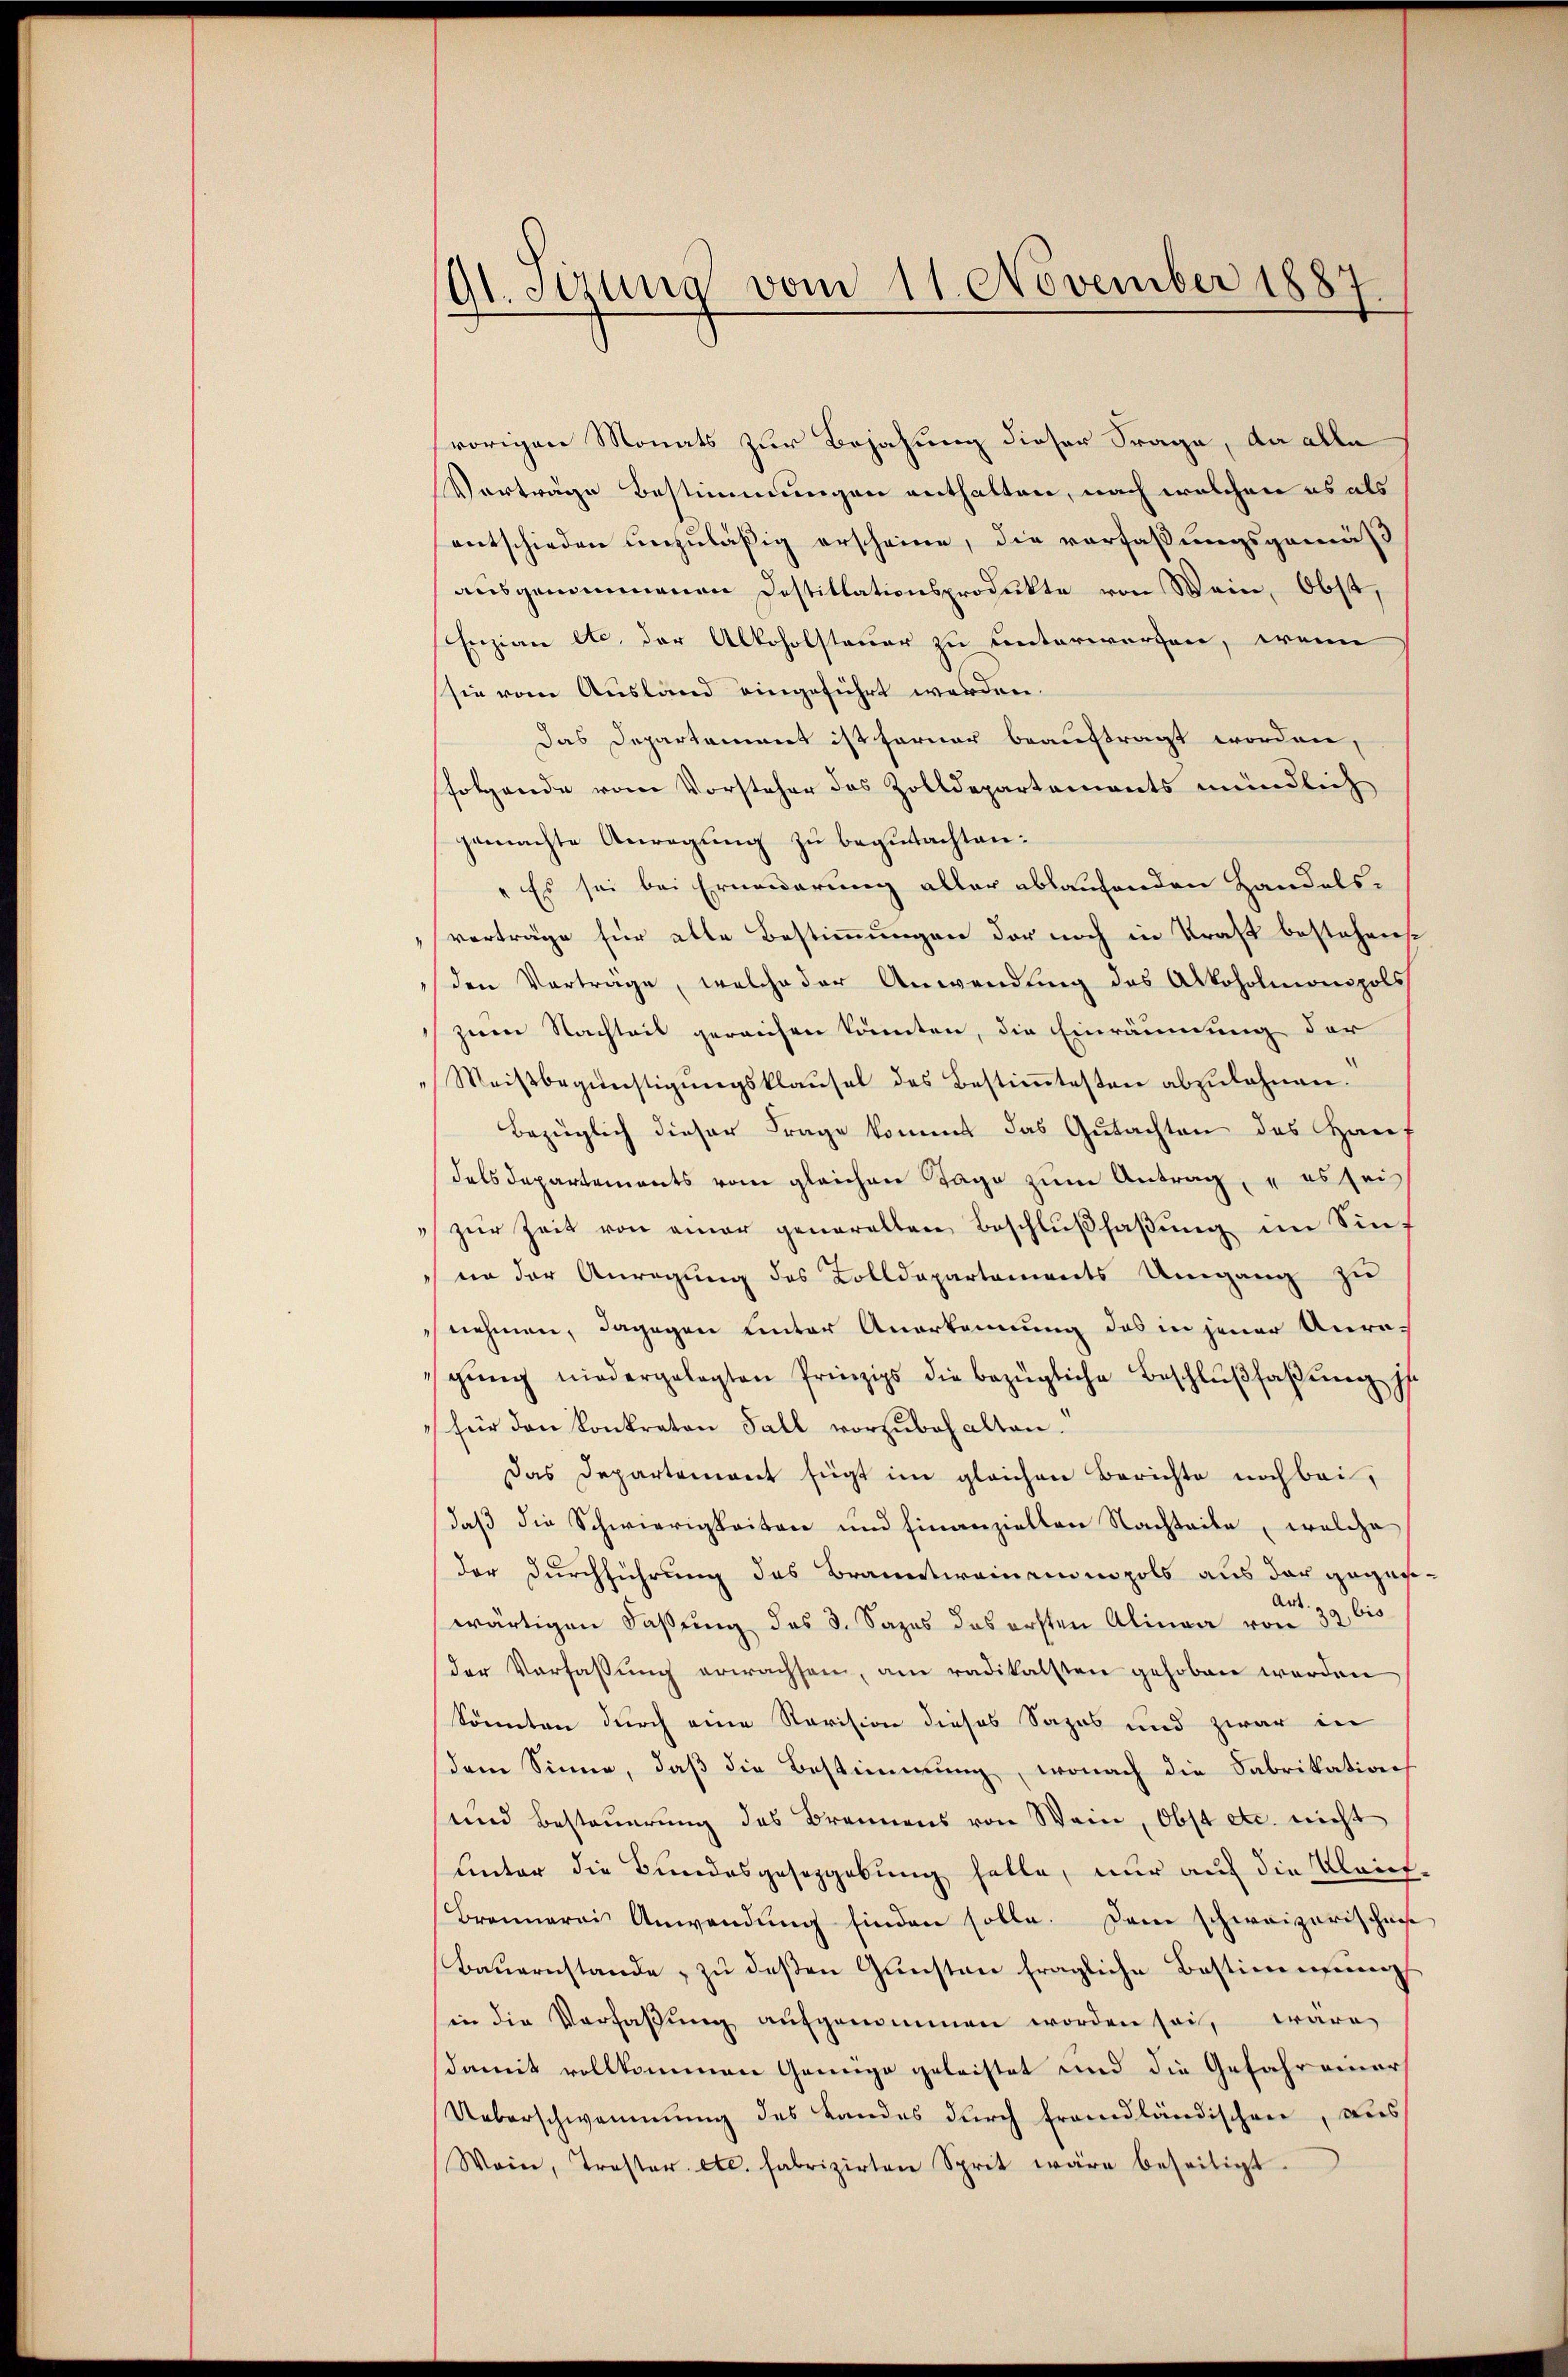
G1. Sizung vom 11. November 1887.

vorigen Monats zur Bejahung dieser Frage, da alle
Vorträge Bestimmungen enthalten, nach welchen es als
entschieden unzuläßig erscheine, die verfaßungsgemäß
ausgenommenen Destillationsprodukte von Wein, Obst,
Enzian etc. der Alkoholsteuer zu unterwerfen, wenn
sie vom Ausland eingeführt werden.
das Departament ist ferner beauftragt worden,
folgende vom Vorsteher des Zolldepartements mündlich
gemachte Anregung zu begutachten:
"Es sei bei Erneuerung aller ablaufenden Handels-
verträge für alle Bestimmungen der noch in Kraft bestehens
den Vorträge, welche der Anwendung des Alkoholmonopols
zum Nachteil gereichen könnten, die Einräumung der
Meistbegünstigŭngsklaŭsel des Bestiṁtesten abzulehnen.
Bezüglich dieser Frage kommt das Gutachten des Haus
dals Departements vom gleichen Tage zum Antrag, es sei
" zŭr Zeit von einer generallen Beschlŭβhaβŭng im Sinnn der Anregung des Zolldepartements Umgang zu
nehmen, dagegen hinter Anerkennung des in jener Anragŭng niedergelegten Prinzips die bezügliche Beschlußfaßung is
für den Konkreten Fall vorzubehalten.
Das Departement fügt im gleichen Berichte noch bei,
daß die Schwierigkeiten und finanziellen Nachteile, welche
der Durchführung des Branntweinendnopols aus der gegenwärtigen Faßung des 3. Sages das ersten Alinea von 32 bis
der Verfassŭng erwachsen, am radikalsten gehoben werden
könnten durch eine Revision dieses Sazes und zwar in
dem Sinne, daβ die Bestimmung, wonach die Fabrikation
und Besteŭerŭng des Brennens von Wein, Obst etc. nicht
Unter die Bundesgesetzgebung hatte, nur auf die Klaich,
Brennerei Anwendŭng finden solle. Dem schweizerischen
Baŭernstande, zŭ deßen Gunsten fragliche Bestimmung
in die Verfaßung aufgenommen worden sei, wäre
damit vollkommen Genüge geleistet und die Gefahr einer
Ueberschwammung des Landes durch frandländischen, aus
Wein, Troster etc. fabrizirten Sprit wäre beseitigt.